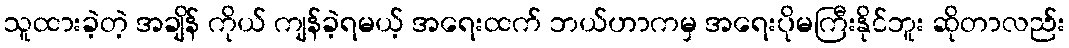
သူထားခဲ့တဲ့ အချိန် ကိုယ် ကျန်ခဲ့ရမယ့် အရေးထက် ဘယ်ဟာကမှ အရေးပိုမကြီးနိုင်ဘူး ဆိုတာလည်း